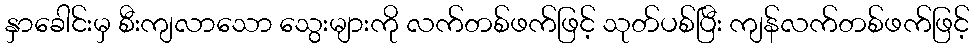
နှာခေါင်းမှ စီးကျလာသော သွေးများကို လက်တစ်ဖက်ဖြင့် သုတ်ပစ်ပြီး ကျန်လက်တစ်ဖက်ဖြင့်